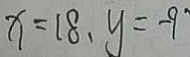
x = 1 8 , y = - 9